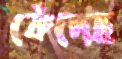
কেঁদেছ